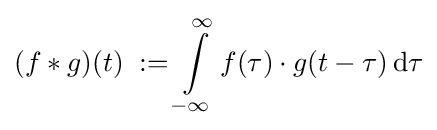
(f*g)(t)\;:=\int \limits _{-\infty }^{\infty }f(\tau )\cdot g(t-\tau )\,\mathrm {d} \tau